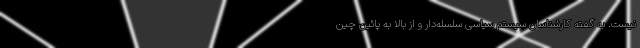
نیست. به گفته کارشناسان سیستم سیاسی سلسله‌دار و از بالا به پائین چین